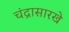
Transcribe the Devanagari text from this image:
चंद्रासारखे